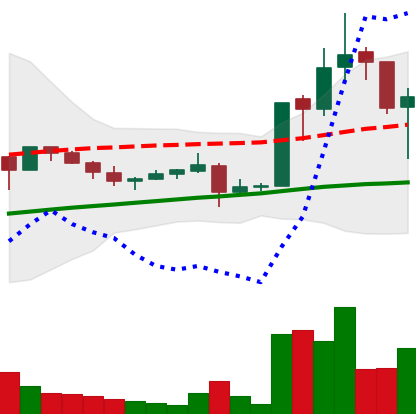
Ticker: LTC-USD
Chart end date: 2017-10-18
Forward return: -9.568%
Label: down_7plus